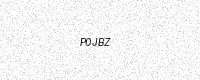
Text: P0JBZ